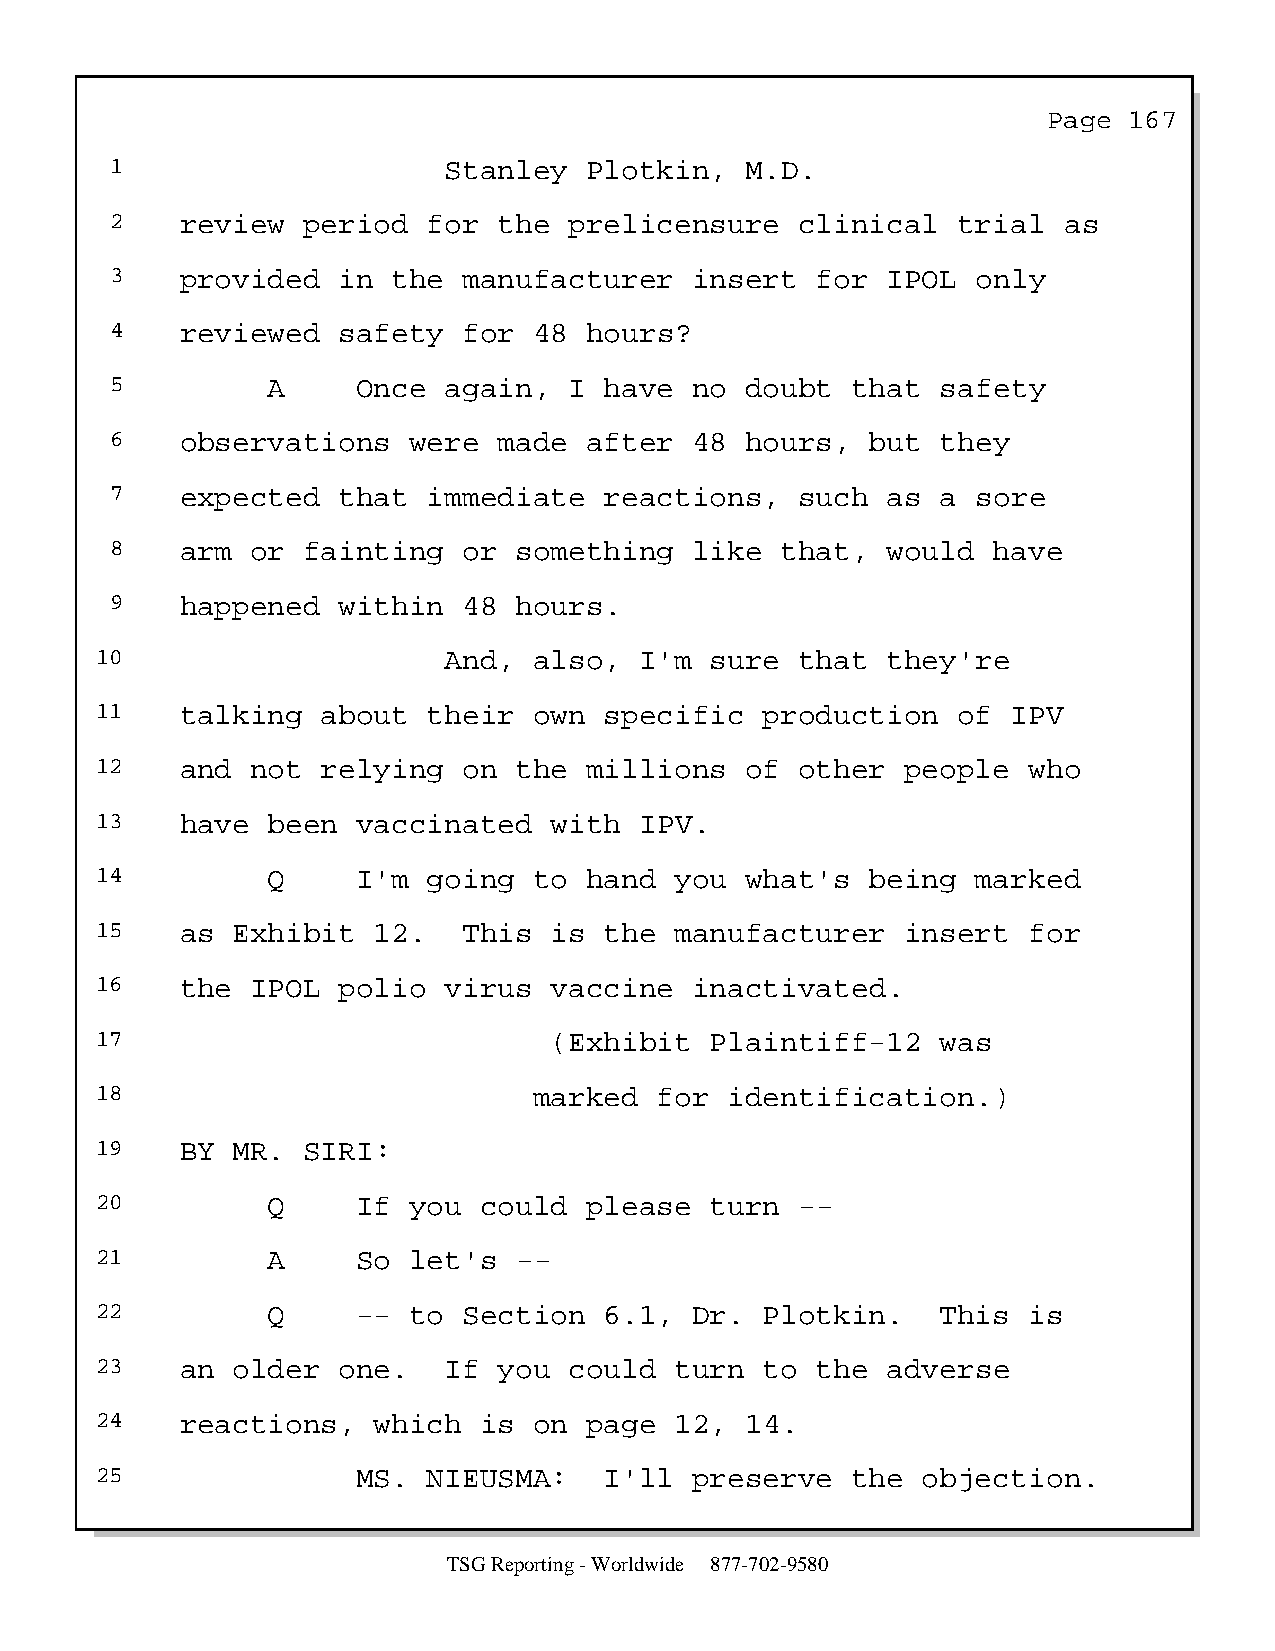
Page  167
 1                     Stanley   Plotkin,  M.D.
 2    review  period  for  the  prelicensure   clinical  trial  as
 3    provided  in  the  manufacturer   insert  for  IPOL  only
 4    reviewed  safety   for 48  hours?
 5          A     Once again,   I have  no doubt  that  safety
 6    observations   were  made  after  48 hours,   but they
 7    expected  that  immediate   reactions,   such  as a  sore
 8    arm  or fainting   or something   like  that,  would  have
 9    happened  within   48 hours.
 10                     And,  also,  I'm  sure  that  they're
 11    talking  about  their  own  specific   production  of  IPV
 12    and  not relying   on the  millions  of  other  people  who
 13    have  been  vaccinated  with  IPV.
 14          Q     I'm going  to  hand  you what's   being  marked
 15    as Exhibit   12.   This is  the  manufacturer   insert  for
 16    the  IPOL polio  virus  vaccine   inactivated.
 17                            (Exhibit   Plaintiff-12   was
 18                           marked   for identification.)
 19    BY MR.  SIRI:
 20          Q     If you  could  please  turn  --
 21          A     So let's  --
 22          Q     -- to  Section  6.1,  Dr.  Plotkin.   This  is
 23    an older  one.   If  you  could  turn  to the  adverse
 24    reactions,   which  is on  page  12, 14.
 25                MS. NIEUSMA:    I'll  preserve  the  objection.
 TSG Reporting - Worldwide 877-702-9580